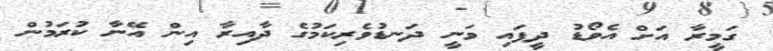
ގަމީރާ އަށް އެވޯޑު ދީފައި ވަނީ ދަނޑުވެރިކަމުގެ ދާއިރާ އިން އޭނާ ކުރަމުން